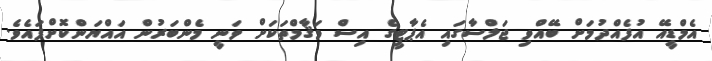
އެމްޑީއޭ އުފެއްދުމަށް ބޭއްވި ޖަލްސާގައި އެޕާޓީގެ އިސް މަޤާމްތަކަށް ވަނީ މެންބަރުން އައްޔަންކޮށްފައެވެ.